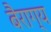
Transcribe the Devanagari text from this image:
बैराग्य